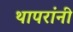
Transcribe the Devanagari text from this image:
थापरांनी